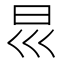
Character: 𡿯